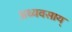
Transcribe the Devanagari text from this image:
अध्यवसाय्